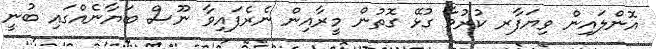
އޮންލައިން ވިޔަފާރ ކުރުމާ ގުޅޭ ގޮތުން މީރާއިން ނެރެފައިވާ ނޫސް ބަޔާނެއްގައި ބުނީ